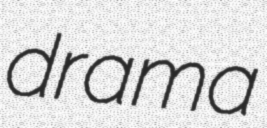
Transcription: drama